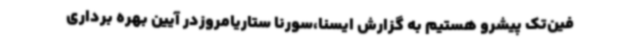
فین‌تک پیشرو هستیم به گزارش ایسنا،سورنا ستاریامروزدر آیین بهره برداری